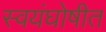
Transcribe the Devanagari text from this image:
स्वयंघोषीत